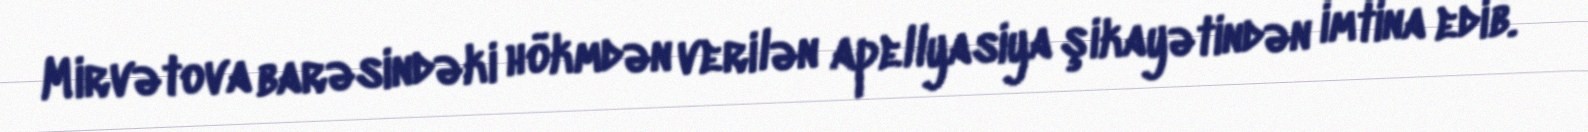
Mirvətova barəsindəki hökmdən verilən apellyasiya şikayətindən imtina edib.